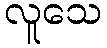
လူသေ